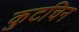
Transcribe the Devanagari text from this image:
कुटचिन